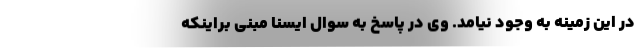
در این زمینه به وجود نیامد. وی در پاسخ به سوال ایسنا مبنی براینکه